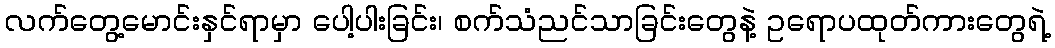
လက်တွေ့မောင်းနှင်ရာမှာ ပေါ့ပါးခြင်း၊ စက်သံညင်သာခြင်းတွေနဲ့ ဥရောပထုတ်ကားတွေရဲ့